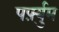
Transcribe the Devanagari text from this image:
पर्फ़्युम